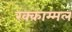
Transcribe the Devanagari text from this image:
रक्काम्मल